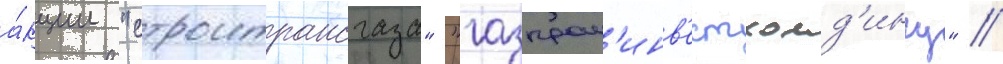
а́кции "строитрансгаза" "газпром'инв'естхолд'ингу" //